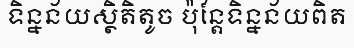
ទិន្នន័យស្ថិតិតូច ប៉ុន្តែទិន្នន័យពិត